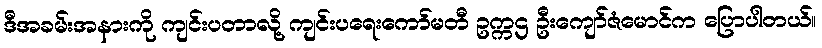
ဒီအခမ်းအနားကို ကျင်းပတာလို့ ကျင်းပရေးကော်မတီ ဥက္ကဌ ဦးကျော်ဇံမောင်က ပြောပါတယ်။